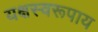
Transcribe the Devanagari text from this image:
यक्षस्वरूपाय